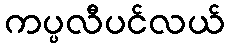
ကပ္ပလီပင်လယ်